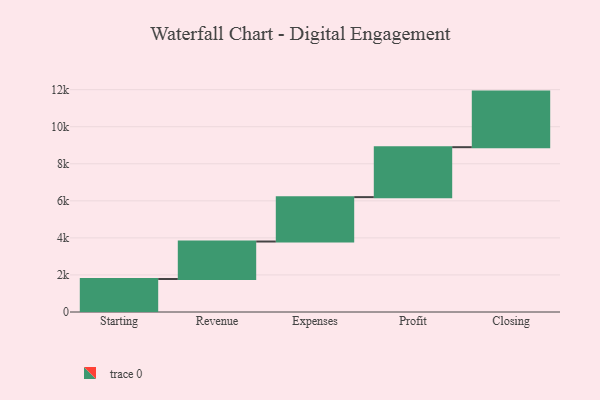
{"axis": {"x": "Step", "y": "Value"}, "legend": [""], "data": [{"x": "Starting", "y": 1782.0, "type": ""}, {"x": "Revenue", "y": 2022.0, "type": ""}, {"x": "Expenses", "y": 2396.0, "type": ""}, {"x": "Profit", "y": 2696.0, "type": ""}, {"x": "Closing", "y": 3000, "type": ""}]}